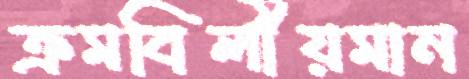
ক্রমবিলীয়মান